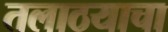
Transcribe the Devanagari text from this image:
तलाठयाचा